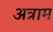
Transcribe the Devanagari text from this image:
अत्राम